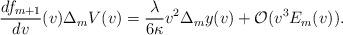
LaTeX: \begin{align*} \frac{df_{m+1}}{dv}(v)\Delta_mV(v)=\frac{\lambda}{6\kappa}v^2\Delta_my(v)+\mathcal{O}(v^3E_m(v)).\end{align*}